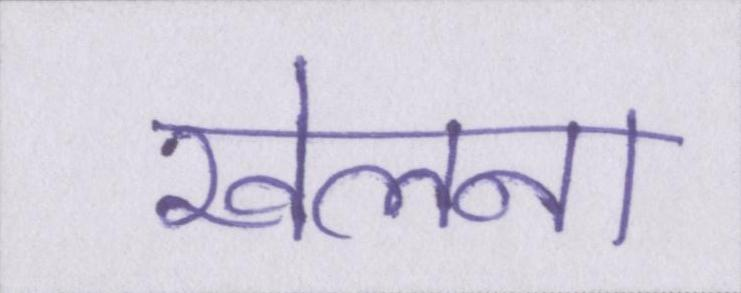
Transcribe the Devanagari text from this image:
खेलना